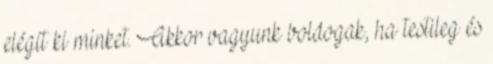
elégít ki minket. Akkor vagyunk boldogak, ha testileg és